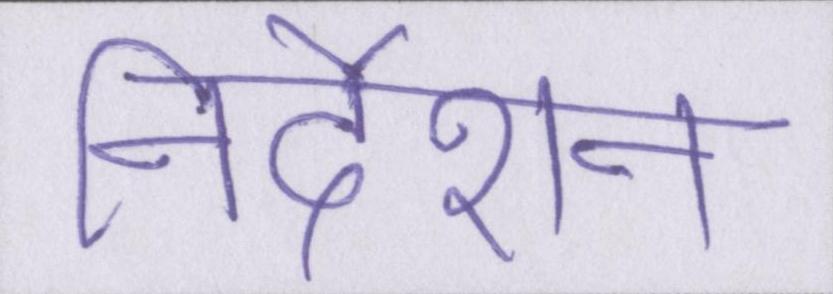
निर्देशन